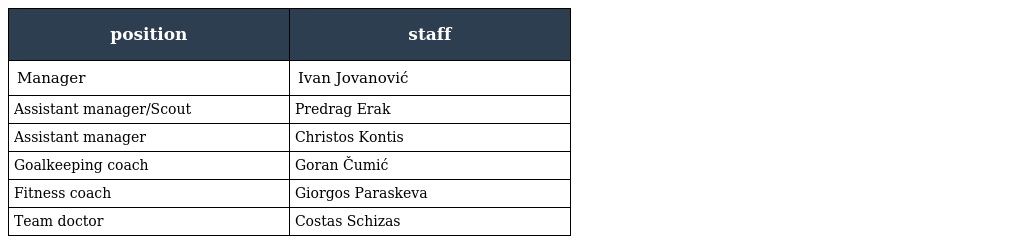
| position | staff |
 | --- | --- |
 | Manager | Ivan Jovanović |
 | Assistant manager/Scout | Predrag Erak |
 | Assistant manager | Christos Kontis |
 | Goalkeeping coach | Goran Čumić |
 | Fitness coach | Giorgos Paraskeva |
 | Team doctor | Costas Schizas |